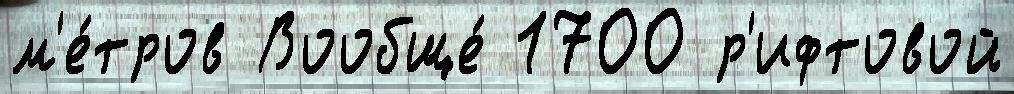
м'е́тров Вообще́ 1700 р'ифтовой